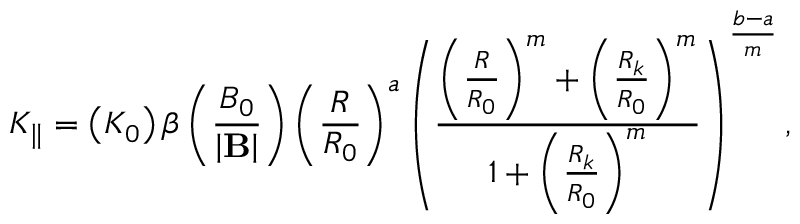
K _ { \parallel } = \left( K _ { 0 } \right) \beta \left( \frac { B _ { 0 } } { \left| \mathbf { B } \right| } \right) \left( \frac { R } { R _ { 0 } } \right) ^ { a } \left( \frac { \left( \frac { R } { R _ { 0 } } \right) ^ { m } + \left( \frac { R _ { k } } { R _ { 0 } } \right) ^ { m } } { 1 + \left( \frac { R _ { k } } { R _ { 0 } } \right) ^ { m } } \right) ^ { \frac { b - a } { m } } ,